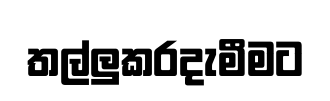
තල්ලුකරදැමීමට